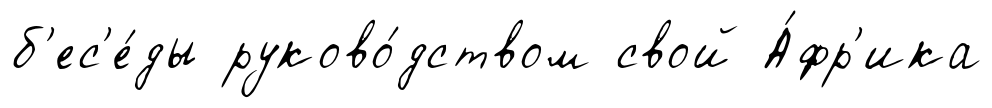
б'ес'е́ды руково́дством свой А́фр'ика